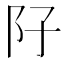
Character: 䦻